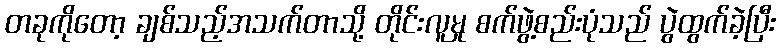
တခုကိုတော့ ချစ်သည့်အသက်တာသို့ တိုင်းလူမှု စက်ဖွဲ့စည်းပုံသည် ပွဲထွက်ခဲ့ပြီး